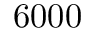
6 0 0 0